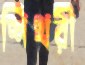
শিখরী